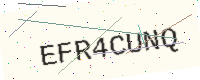
Text: EFR4CUNQ